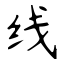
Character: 线